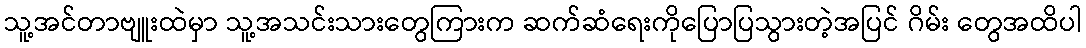
သူ့အင်တာဗျူးထဲမှာ သူ့အသင်းသားတွေကြားက ဆက်ဆံရေးကိုပြောပြသွားတဲ့အပြင် ဂိမ်း တွေအထိပါ